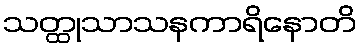
သတ္ထုသာသနကာရိနောတိ